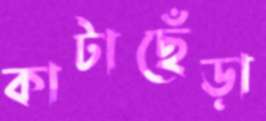
কাটাছেঁড়া